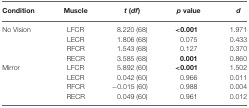
<table><thead><tr><td><b>Condition</b></td><td><b>Muscle</b></td><td><b><i>t</i> (<i>df</i>)</b></td><td><b><i>p</i> value</b></td><td><b><i>d</i></b></td></tr></thead><tbody><tr><td>No Vision</td><td>LFCR</td><td>8.220 (68)</td><td><b>&lt;0.001</b></td><td>1.971</td></tr><tr><td></td><td>LECR</td><td>1.806 (68)</td><td>0.075</td><td>0.433</td></tr><tr><td></td><td>RFCR</td><td>1.543 (68)</td><td>0.127</td><td>0.370</td></tr><tr><td></td><td>RECR</td><td>3.585 (68)</td><td><b>0.001</b></td><td>0.860</td></tr><tr><td>Mirror</td><td>LFCR</td><td>5.892 (60)</td><td><b>&lt;0.001</b></td><td>1.502</td></tr><tr><td></td><td>LECR</td><td>0.042 (60)</td><td>0.966</td><td>0.011</td></tr><tr><td></td><td>RFCR</td><td>−0.015 (60)</td><td>0.988</td><td>0.004</td></tr><tr><td></td><td>RECR</td><td>0.049 (60)</td><td>0.961</td><td>0.012</td></tr></tbody></table>